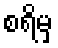
စရိမှ